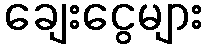
ချေးငွေများ